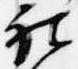
被